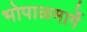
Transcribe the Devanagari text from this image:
भोपाळमार्गे